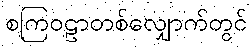
စကြဝဠာတစ်လျှောက်တွင်